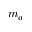
m _ { a }